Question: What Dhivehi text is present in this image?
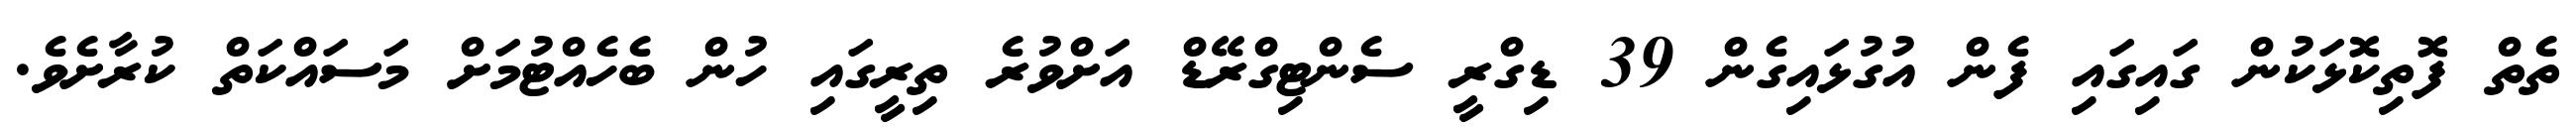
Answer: ތެތް ފޮތިކޮޅަކުން ގައިގައި ފެން އުގުޅައިގެން 39 ޑިގްރީ ސެންޓިގްރޭޑް އަށްވުރެ ތިރީގައި ހުން ބެހެއްޓުމަށް މަސައްކަތް ކުރާށެވެ.